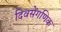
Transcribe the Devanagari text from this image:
दिवसेंगणिक